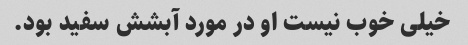
خیلی خوب نیست او در مورد آبشش سفید بود.